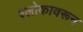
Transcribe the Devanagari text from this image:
श्लोकावरून